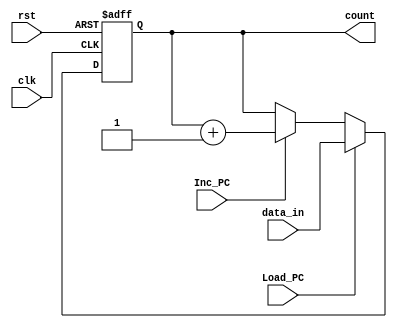
module Program_Counter (count, data_in, Load_PC, Inc_PC, clk, rst);
  parameter data_size = 8;
  output [data_size-1: 0] 	count;
  input 	[data_size-1: 0] 	data_in;
  input 			Load_PC, Inc_PC;
  input 			clk, rst;
  reg 			[data_size-1: 0]count_temp; 
  assign count=count_temp;
  always @ (posedge clk or negedge rst)
  	if (rst == 0) count_temp <= 0; 
    	else if (Load_PC) count_temp <= data_in; 
    	else if  (Inc_PC) count_temp <= count_temp +1;
endmodule